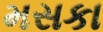
મસકા